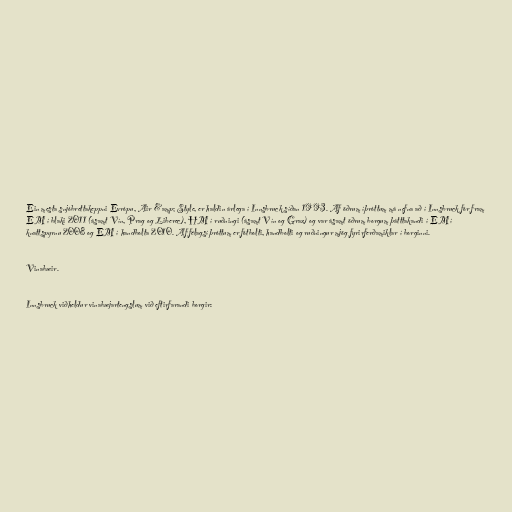
Ein mesta snjóbrettakeppni Evrópu, Air &amp; Style, er haldin árlega í Innsbruck síðan 1993. Af öðrum íþróttum má nefna að í Innsbruck fór fram
EM í blaki 2011 (ásamt Vín, Prag og Liberec), HM í ruðningi (ásamt Vín og Graz) og var ásamt öðrum borgum þátttakandi í EM í
knattspyrnu 2008 og EM í handbolta 2010. Af félagsíþróttum er fótbolti, handbolti og ruðningur mjög fyrirferðamiklar í borginni.

Vinabæir.

Innsbruck viðheldur vinabæjartengslum við eftirfarandi borgir: